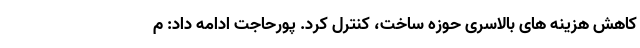
کاهش هزینه های بالاسری حوزه ساخت، کنترل کرد. پورحاجت ادامه داد: م